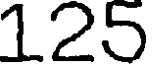
125